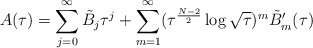
\begin{align*}A(\tau )=\sum_{j=0}^\infty \tilde{B}_{j}\tau^j+\sum_{m=1}^\infty (\tau ^{\frac{N-2}{2}}\log \sqrt{\tau })^m\tilde{B}_{m}'(\tau) \end{align*}